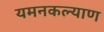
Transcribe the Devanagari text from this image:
यमनकल्याण